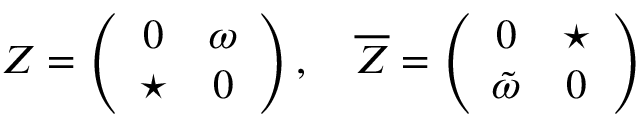
Z = \left( \begin{array} { c c } { { 0 } } & { { \omega } } \\ { { \star } } & { { 0 } } \end{array} \right) , \quad { \overline { { Z } } } = \left( \begin{array} { c c } { { 0 } } & { { \star } } \\ { { { \tilde { \omega } } } } & { { 0 } } \end{array} \right)